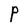
Character: P